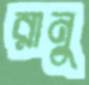
রানু